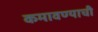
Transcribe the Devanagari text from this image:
कमावण्याची